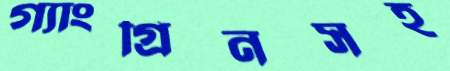
গ্যাংগ্রিনসহ